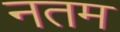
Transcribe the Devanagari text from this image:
नतम